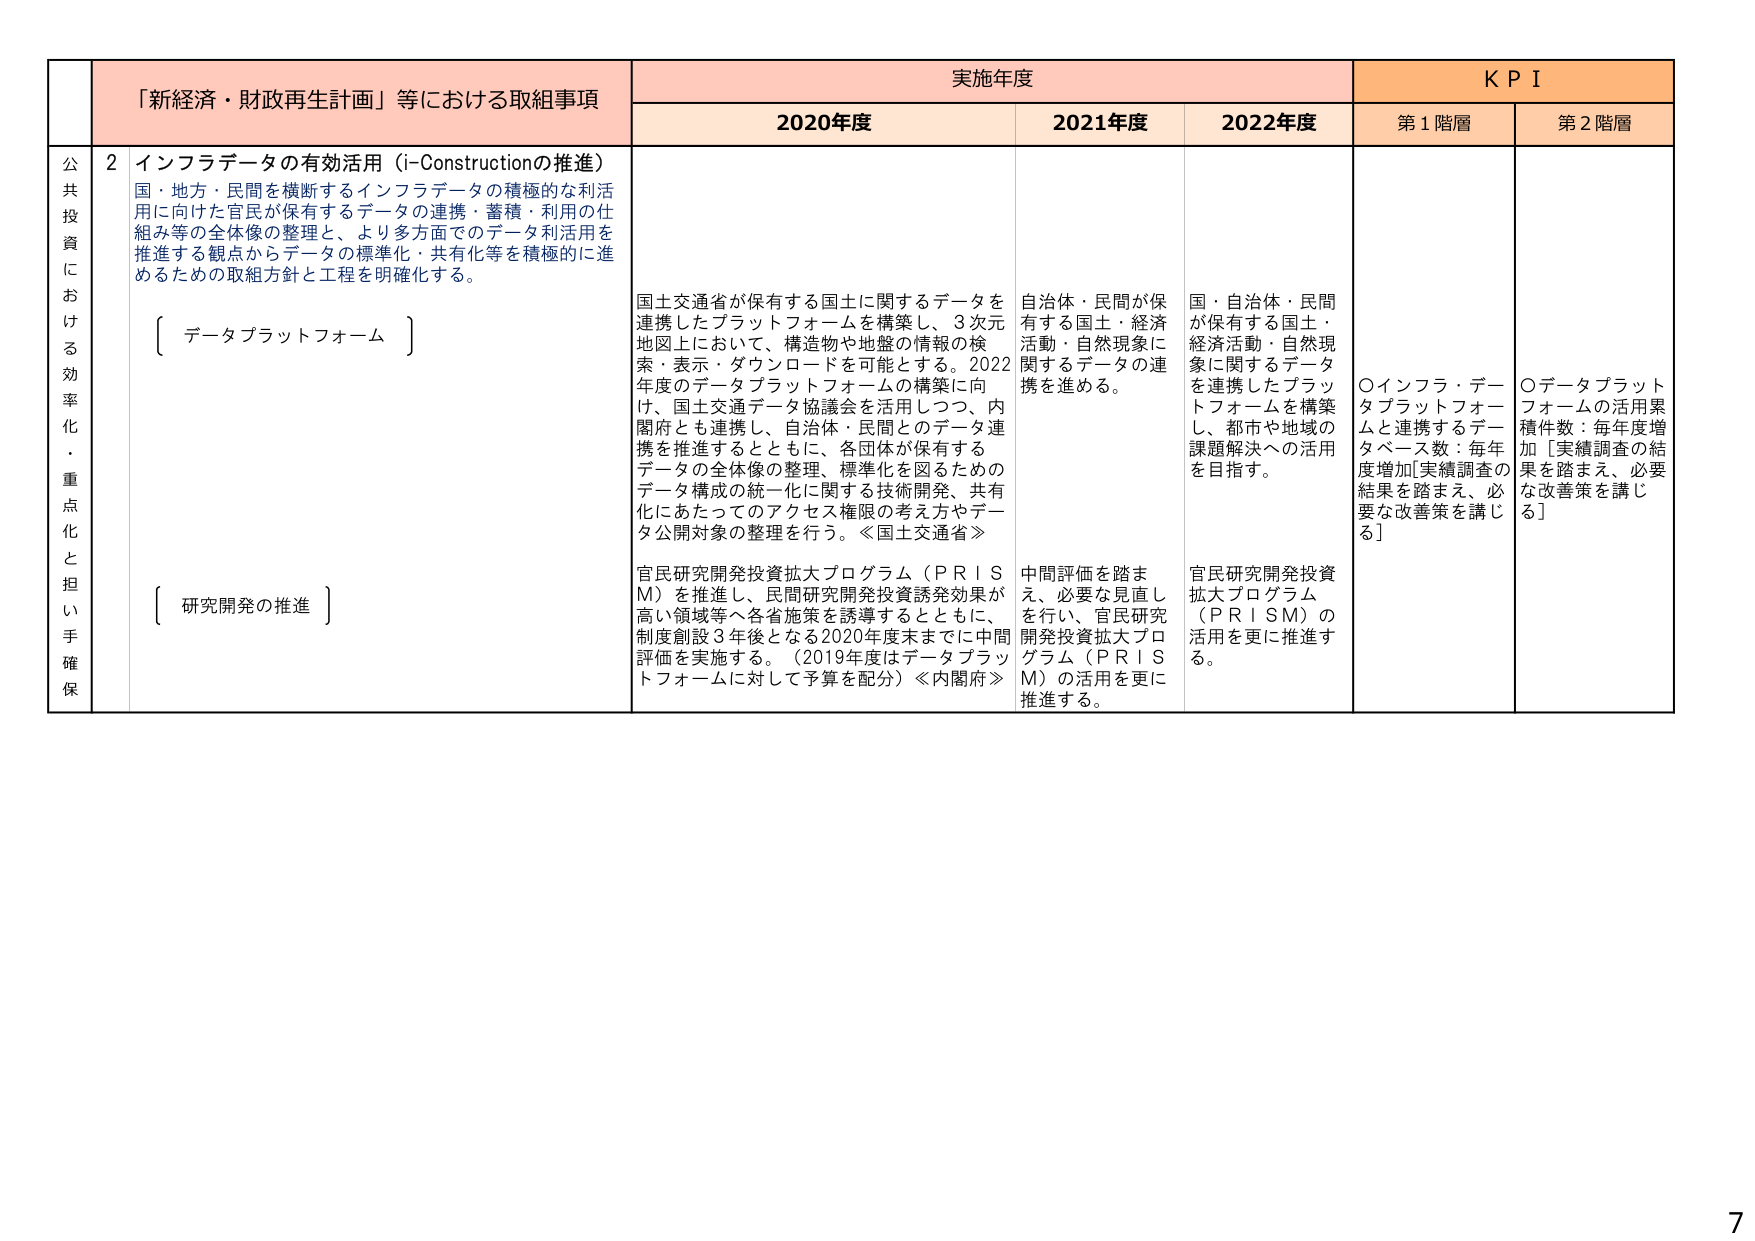
「新経済・財政再生計画」等における取組事項
実施年度
KPI

2020年度
2021年度
2022年度
第1階層
第2階層

公共投資における効率化・重点化と担い手確保

2 インフラデータの有効活用（i-Constructionの推進）
国・地方・民間を横断するインフラデータの積極的な利用に向けた官民が保有するデータの連携・蓄積・利用の仕組み等の全体像の整理と、より多方面でのデータ利用を推進する観点からデータの標準化・共有化等を積極的に進めるための取組方針と工程を明確化する。

〔 データプラットフォーム 〕

〔 研究開発の推進 〕

国土交通省が保有する国土に関するデータを連携したプラットフォームを構築し、3次元地図上において、構造物や地盤の情報の検索・表示・ダウンロードを可能とする。2022年度のデータプラットフォームの構築に向け、国土交通データ協議会を活用しつつ、内閣府とも連携し、自治体・民間とのデータ連携を推進するとともに、各団体が保有するデータの全体像の整理、標準化を図るためのデータ構成の統一化に関する技術開発、共有化にあたってのアクセス権限の考え方やデータ公開対象の整理を行う。≪国土交通省≫

官民研究開発投資拡大プログラム（PRISM）を推進し、民間研究開発投資誘発効果が高い領域等へ各省施策を誘導するとともに、制度創設3年後となる2020年度末までに中間評価を実施する。（2019年度はデータプラットフォームに対して予算を配分）≪内閣府≫

自治体・民間が保有する国土・経済活動・自然現象に関するデータの連携を進める。

中間評価を踏まえ、必要な見直しを行い、官民研究開発投資拡大プログラム（PRISM）の活用を更に推進する。

国・自治体・民間が保有する国土・経済活動・自然現象に関するデータを連携したプラットフォームを構築し、都市や地域の課題解決への活用を目指す。

官民研究開発投資拡大プログラム（PRISM）の活用を更に推進する。

○インフラ・データプラットフォームと連携するデータベース数：毎年度増加[実績調査の結果を踏まえ、必要な改善策を講じる]

○データプラットフォームの活用累積件数：毎年度増加 [実績調査の結果を踏まえ、必要な改善策を講じる]

7